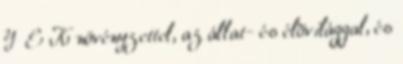
Y E K növényzettel, az állat- és élõvilággal, és